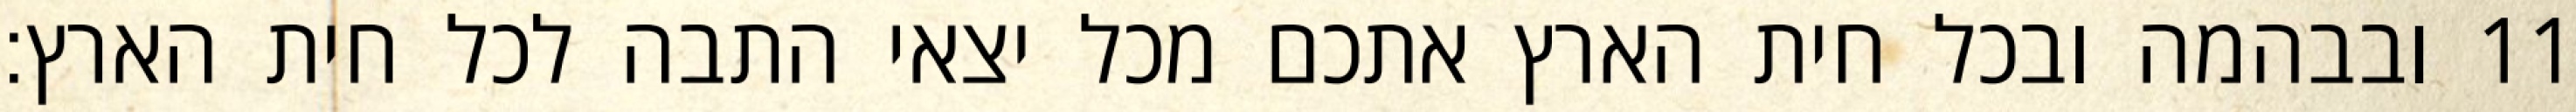
ובבהמה ובכל חית הארץ אתכם מכל יצאי התבה לכל חית הארץ׃ ‎11‏